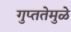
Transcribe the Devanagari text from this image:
गुप्ततेमुळे